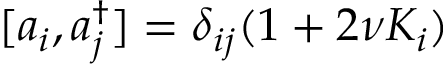
[ a _ { i } , a _ { j } ^ { \dagger } ] = \delta _ { i j } ( 1 + 2 \nu K _ { i } )